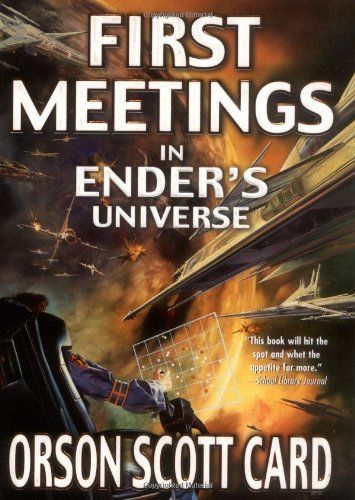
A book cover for First Meetings in Ender's Universe (Other Tales from the Ender Universe); Orson Scott Card; Science Fiction & Fantasy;